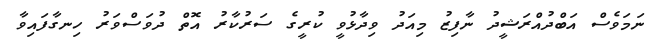
ނަމަވެސް އަބްދުއްރަޝީދު ނާފިޒު މިއަދު ވިދާޅުވީ ކުރީގެ ސަރުކާރު އޮތް ދުވަސްވަރު ހިނގާފައިވާ